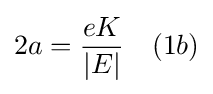
2a={\frac {eK}{\vert E\vert }}\ \ \ (1b)